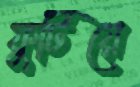
ফুটিয়ে